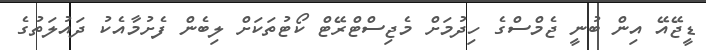
ޑީޖޭއޭ އިން ބުނީ ޖެމްސްގެ ހިދުމަށް މެޖިސްޓްރޭޓް ކޯޓުތަކަށް ލިބެން ފެށުމާއެކު ދައުލަތުގެ